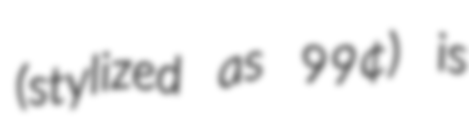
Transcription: (stylized as 99¢) is